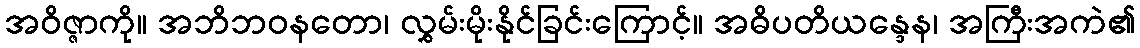
အဝိဇ္ဇာကို။ အဘိဘဝနတော၊ လွှမ်းမိုးနိုင်ခြင်းကြောင့်။ အဓိပတိယန္ဒေန၊ အကြီးအကဲ၏